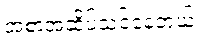
အစာအဆိပ်သင့်နေတယ်။